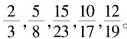
\frac{2}{3}, \frac{5}{8}, \frac{15}{23}, \frac{10}{17}, \frac{12}{19}。